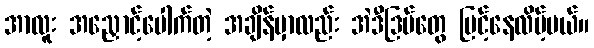
အာလူး အညှောင့်ပေါက်တဲ့ အချိန်မှာလည်း အဲဒီဒြပ်တွေ မြင့်နေလိမ့်မယ်။